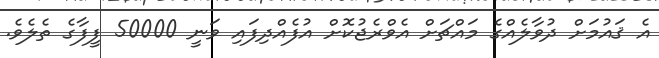
އެ ޤައުމަށް ދުވާލެއްގެ މައްޗަށް އެވްރެޖުކޮށް އުފެއްދިފައި ވަނީ 50000 ފީފާގެ ތެލެވެ.